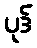
ပုဒ်